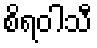
စိရဝါသီ